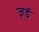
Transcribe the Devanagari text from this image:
ज़ई